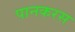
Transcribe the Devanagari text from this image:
पानकरस